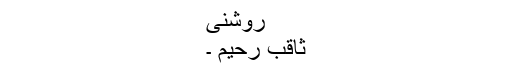
روشنی
ثاقب رحیم ۔